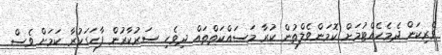
ވެރިކަން ދެމެހެއްޓުމަށް ކޮމަންވެލްތުން ކުރާ މަސައްކަތްތައް ދިވެހި ސަރުކާރުން ފާހަގަކުރާ ކަމަށް ވެސް